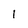
Character: I